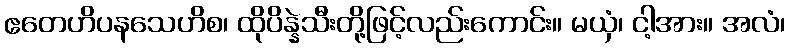
ဧတေဟိပနသေဟိစ၊ ထိုပိန္နဲသီးတို့ဖြင့်လည်းကောင်း။ မယှံ၊ ငါ့အား။ အလံ၊